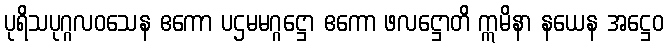
ပုရိသပုဂ္ဂလဝသေန ဧကော ပဌမမဂ္ဂဋ္ဌော ဧကော ဖလဋ္ဌောတိ ဣမိနာ နယေန အဋ္ဌေဝ